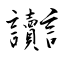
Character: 讟